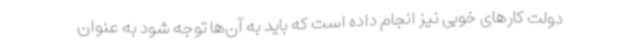
دولت کارهای خوبی نیز انجام داده است که باید به آن‌ها توجه شود به عنوان